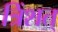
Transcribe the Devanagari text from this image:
त्रिंशत्